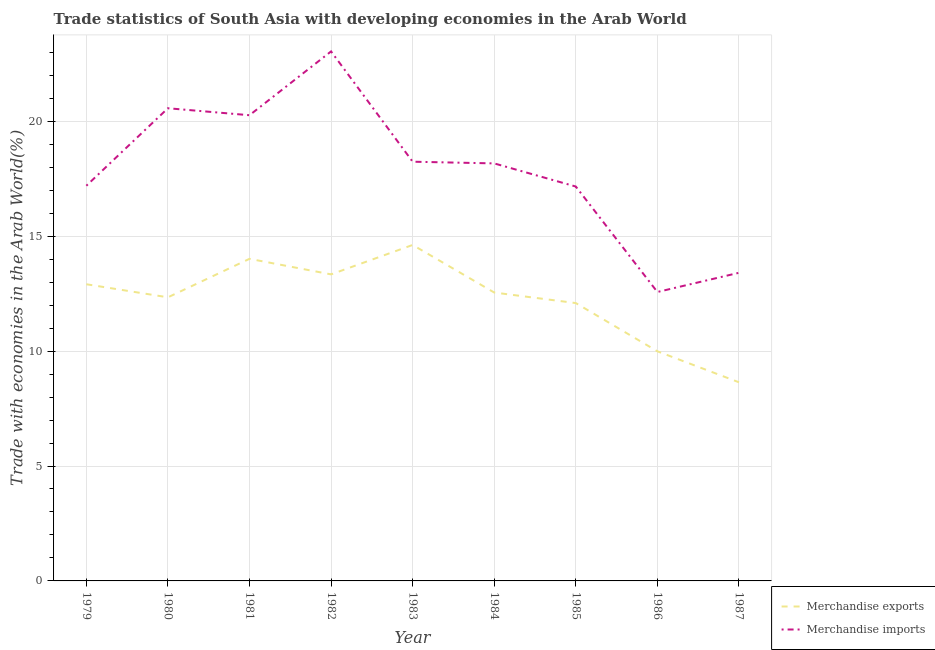
| Year | Merchandise exports | Merchandise imports |
 | --- | --- | --- |
 | 1979 | 12.9 | 17.2 |
 | 1980 | 12.3 | 20.6 |
 | 1981 | 14 | 20.3 |
 | 1982 | 13.3 | 23 |
 | 1983 | 14.6 | 18.2 |
 | 1984 | 12.5 | 18.2 |
 | 1985 | 12.1 | 17.2 |
 | 1986 | 9.99 | 12.6 |
 | 1987 | 8.64 | 13.4 |